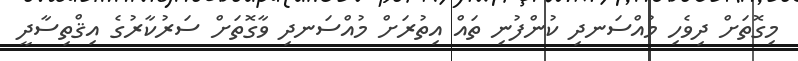
މިގޮތަށް ދިވެހި މުއްސަނދި ކުންފުނި ތައް އިތުރަށް މުއްސަނދި ވާގޮތަށް ސަރުކާރުގެ އިޤްތިސާދީ